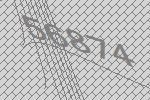
56874